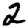
Digit: 2